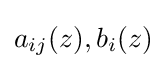
a_{ij}(z),b_{i}(z)